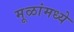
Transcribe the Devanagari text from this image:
मूळांमध्ये